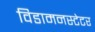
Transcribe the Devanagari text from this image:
विडामनस्टेटर